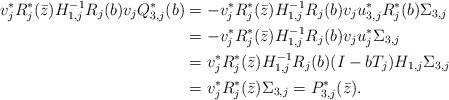
\begin{align*} v_j^*R_j^*(\bar z)H_{1,j}^{-1}R_j(b)v_jQ_{3,j}^*(b) & = -v_j^* R_j^*(\bar z)H_{1,j}^{-1} R_j(b)v_ju_{3,j}^*R_j^*(b) \Sigma_{3,j}\\ & = -v_j^* R_j^*(\bar z)H_{1,j}^{-1} R_j(b)v_ju_{j}^* \Sigma_{3,j}\\ & = v_j^* R_j^*(\bar z)H_{1,j}^{-1} R_j(b) (I-bT_j) H_{1,j} \Sigma_{3,j}\\ & = v_j^* R_j^*(\bar z) \Sigma_{3,j} = P_{3,j}^*(\bar z). \end{align*}